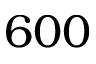
6 0 0